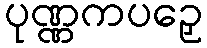
ပုဏ္ဏကပဉှေ